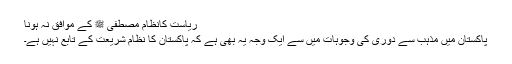
ریاست کانظام مصطفی ﷺ کے موافق نہ ہونا
پاکستان میں مذہب سے دوری کی وجوہات میں سے ایک وجہ یہ بھی ہے کہ پاکستان کا نظام شریعت کے تابع نہیں ہے۔